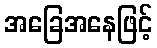
အခြေအနေဖြင့်